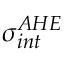
\sigma _ { i n t } ^ { A H E }